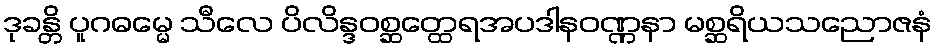
ဒုခန္တိ ပူဂဓမ္မေ သီလေ ပိလိန္ဒဝစ္ဆတ္ထေရအပဒါနဝဏ္ဏနာ မစ္ဆရိယသညောဇနံ